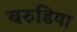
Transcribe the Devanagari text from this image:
बरुडिया